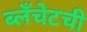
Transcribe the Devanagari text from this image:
ब्लँचेटची